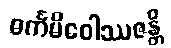
ဓင်္ကမိဝေါဿဇန္တိ